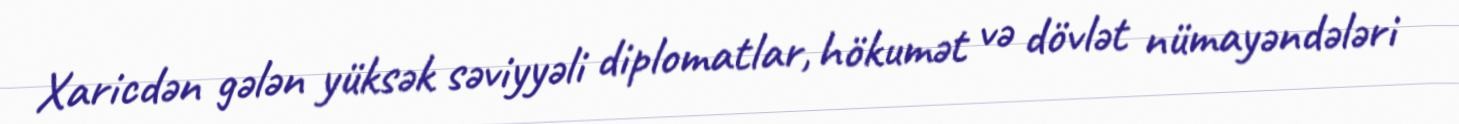
Xaricdən gələn yüksək səviyyəli diplomatlar, hökumət və dövlət nümayəndələri